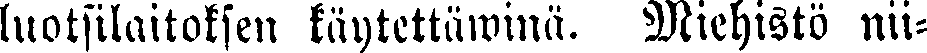
luotsilaitoksen käytettäwinä. Miehistö nii-